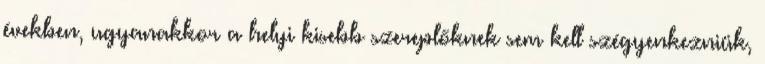
években, ugyanakkor a helyi kisebb szereplőknek sem kell szégyenkezniük,